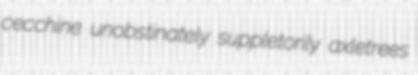
cecchine unobstinately suppletorily axletrees